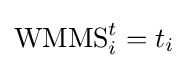
\operatorname {WMMS} _{i}^{t}=t_{i}